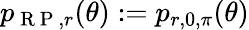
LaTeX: p_{\mathrm{~R~P~},r}(\theta):=p_{r,0,\pi}(\theta)